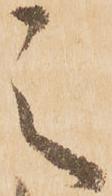
之